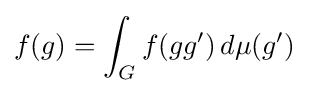
f(g)=\int _{G}f(gg')\,d\mu (g')